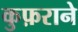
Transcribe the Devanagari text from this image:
कुफ़राने